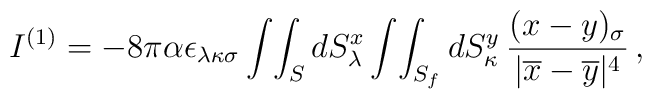
I^{(1)} = -8 \pi \alpha \epsilon_{\lambda\kappa\sigma} \int\!\int_S dS_\lambda^x \int\!\int_{S_f} dS^y_\kappa \, \frac{(x-y)_\sigma}{|\overline{x} - \overline{y} |^4}\, ,